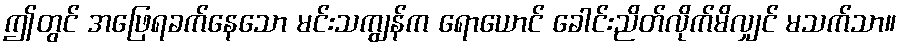
ဤတွင် အဖြေရခက်နေသော မင်းသကျွန်က ရောယောင် ခေါင်းညိတ်လိုက်မိလျှင် မသက်သာ။